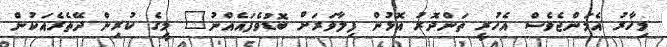
މިހާރު އެމަންޖެވެސް އެހުރީ ތަންދޮރު އޮޅުން ފިލާވަރަށް ބޮޑުވެފައެއްނު" މީގެ ކުރިން ދޭތެރެއަކުން